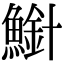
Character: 𫠍